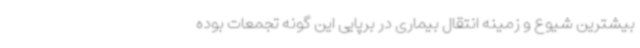
بیشترین شیوع و زمینه انتقال بیماری در برپایی این گونه تجمعات بوده